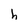
Character: h